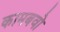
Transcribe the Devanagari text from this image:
कामबवो